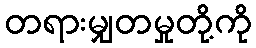
တရားမျှတမှုတို့ကို